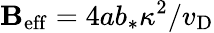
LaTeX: \mathbf{B}_{\mathrm{{eff}}}=4ab_{*}\kappa^{2}/v_{\mathrm{{D}}}